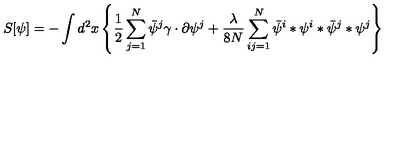
S [ \psi ] = - \int d ^ { 2 } x \left\{ \frac { 1 } { 2 } \sum _ { j = 1 } ^ { N } \bar { \psi } ^ { j } \gamma \cdot \partial \psi ^ { j } + \frac { \lambda } { 8 N } \sum _ { i j = 1 } ^ { N } \bar { \psi } ^ { i } * \psi ^ { i } * \bar { \psi } ^ { j } * \psi ^ { j } \right\}